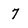
Character: 7